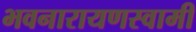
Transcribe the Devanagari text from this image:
भवनारायणस्‍वामी